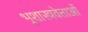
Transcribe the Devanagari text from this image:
भूशास्त्रवेत्ताओं